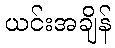
ယင်းအချိန်